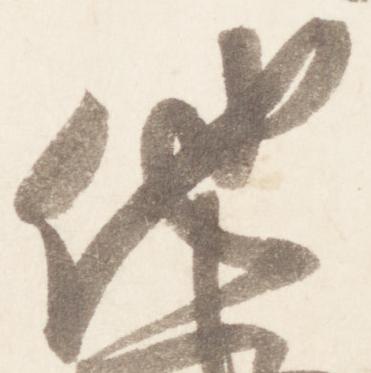
他